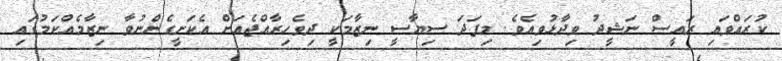
ކުރައްވައި ރައީސް ނަޝީދު ވިދާޅުވިއެވެ. މިފަދަ ސިޔާސީ ނިޒާމަކީ ދިވެހިރާއްޖެއަށް އެކަށީގެންނުވާ ނިޒާމެއްކަމުގައި